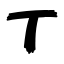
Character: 丁